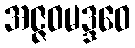
အဇ္ဇဝမဒ္ဒဝေ